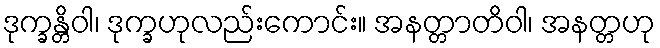
ဒုက္ခန္တိဝါ၊ ဒုက္ခဟုလည်းကောင်း။ အနတ္တာတိဝါ၊ အနတ္တဟု